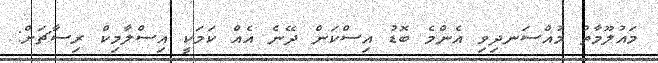
މައުލޫމާތު މުއްސަނދިވި އެންމެ ބޮޑު އިސްކަން ދޭނެ އެއް ކަމަކީ އިސްލާމިކް ރިސާޗަށް: